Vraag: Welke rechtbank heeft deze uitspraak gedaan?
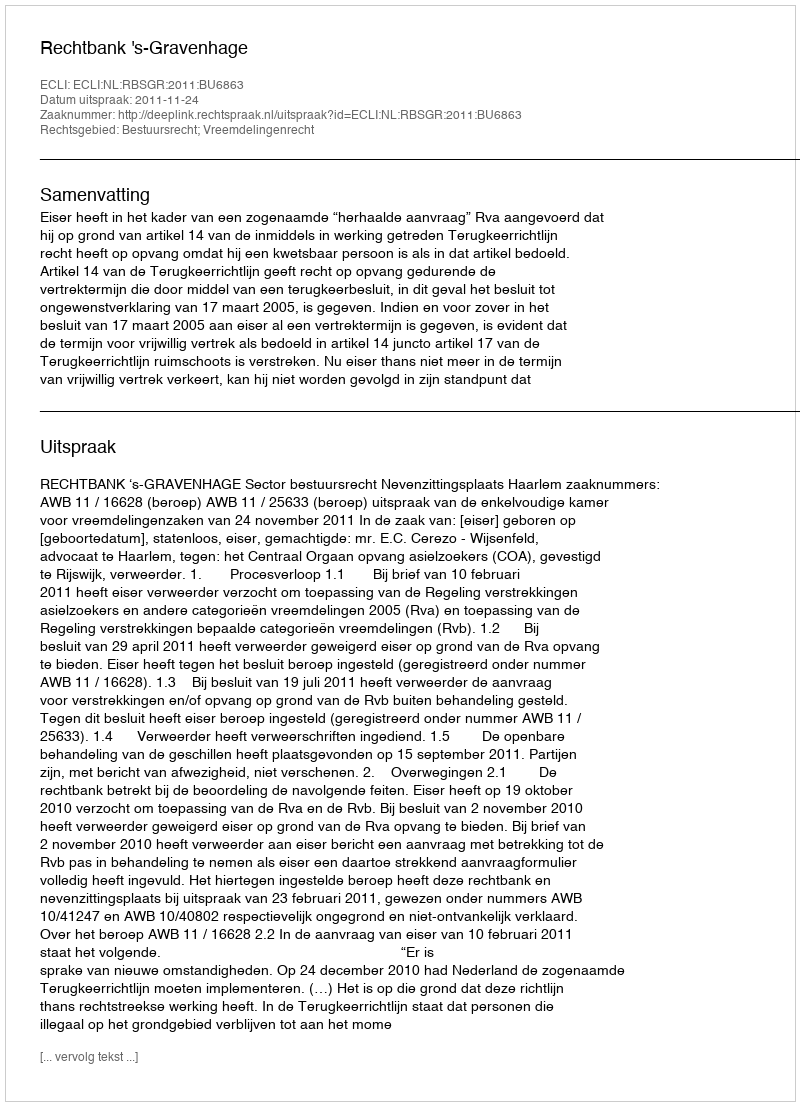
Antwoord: Rechtbank 's-Gravenhage